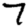
Digit: 7